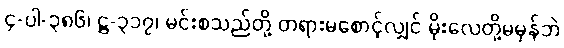
၄-ပါ-၃၈၆၊ ဋ္ဌ-၃၁၇၊ မင်းစသည်တို့ တရားမစောင့်လျှင် မိုးလေတို့မမှန်ဘဲ